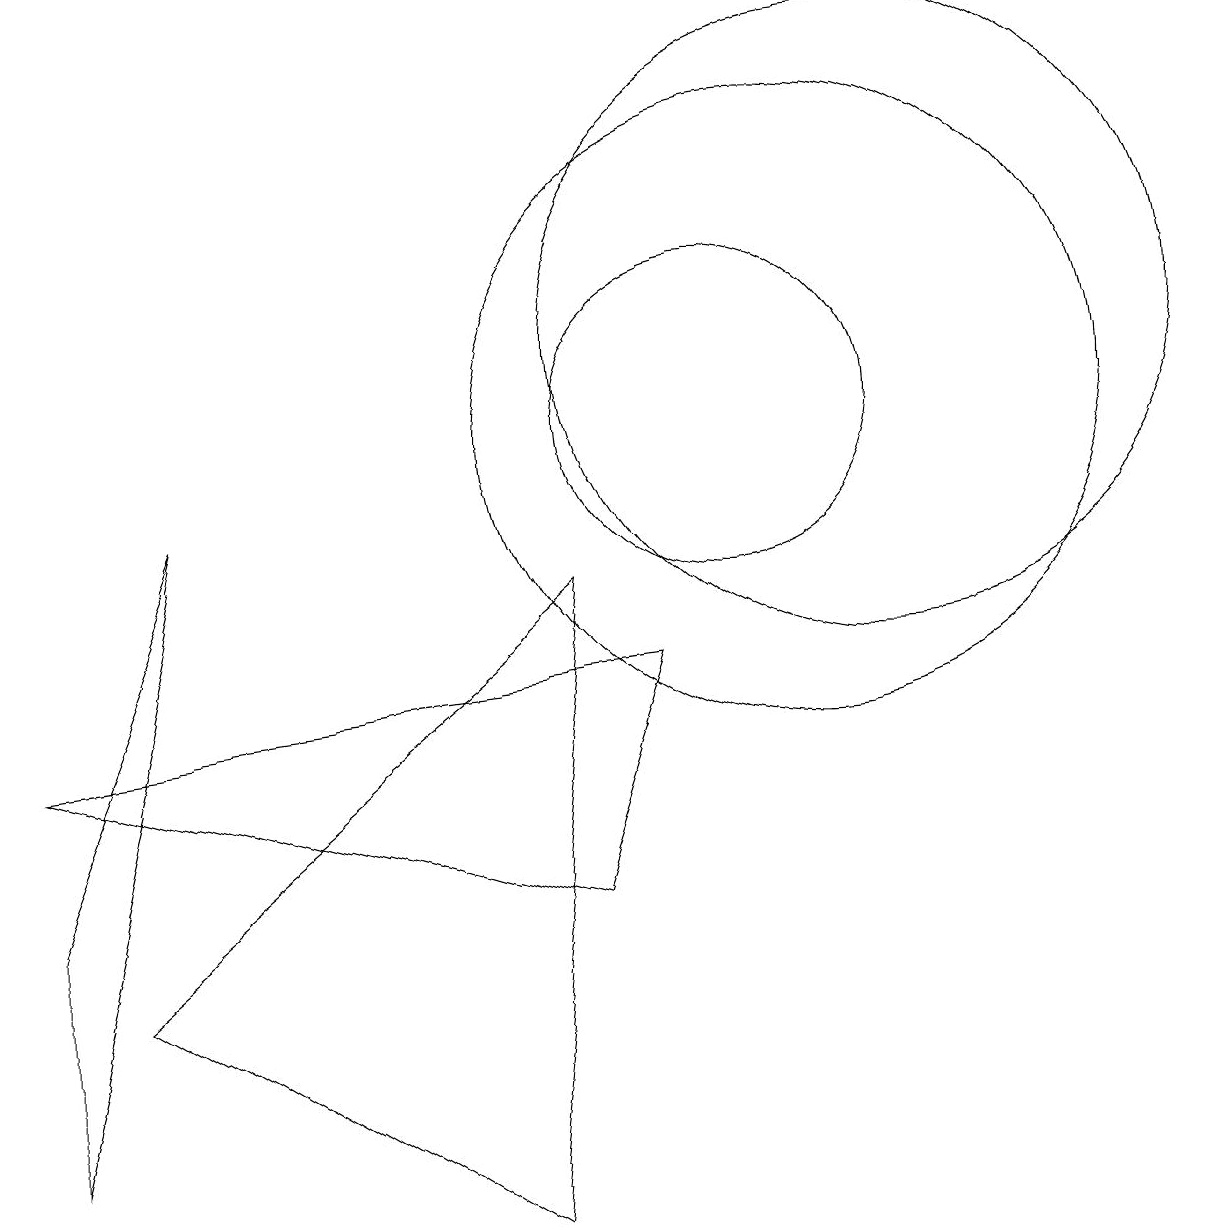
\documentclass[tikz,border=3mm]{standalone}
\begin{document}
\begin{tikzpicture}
\draw (10,10) circle (2);
\draw (11,10) circle (4);
\draw (1,4) -- (3,9) -- (1,1) -- cycle;
\draw (8,8) -- (7,0) -- (2,3) -- cycle;
\draw (8,4) -- (1,6) -- (9,7) -- cycle;
\draw (12,11) circle (4);
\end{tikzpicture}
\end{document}